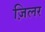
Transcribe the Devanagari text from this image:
ज़िलर